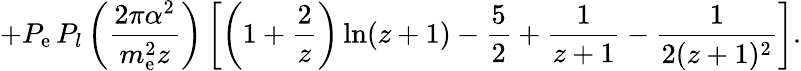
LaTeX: +P_{\mathrm{e}}\, P_{l}\left(\frac{{2\pi\alpha^{2}}}{{m_{\mathrm{e}}^{2}z}}\right)\left[\left(1+\frac{{2}}{{z}}\right)\ln(z+1)-\frac{{5}}{{2}}+\frac{{1}}{{z+1}}-\frac{{1}}{{2(z+1)^{2}}}\right].